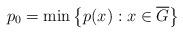
LaTeX: \begin{align*}p_0 = \min\left\lbrace p(x):x\in \overline {G}\right\rbrace\end{align*}